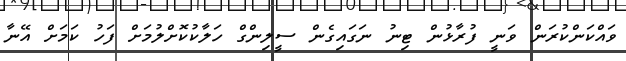
ވައްކަންކުރަން ވަނީ ފުރާޅުން ޓިނު ނަގައިގެން ސީލިންގް ހަލާކުކޮށްލުމަށް ފަހު ކަމަށް އޭނާ